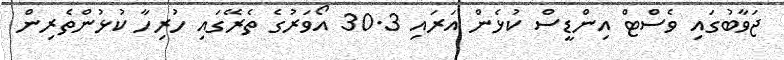
ޖަވާބުގައި ވެސްޓް އިންޑީސް ކުޅެން އަރައި 30.3 އޯވަރުގެ ތެރޭގައި ހުރިހާ ކުޅުންތެރިން